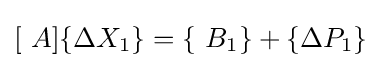
[\ A]\{\Delta X_{1}\}=\{\ B_{1}\}+\{\Delta P_{1}\}